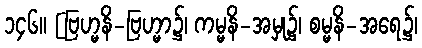
၁၄၆။ [ဗြဟ္မနိ-ဗြဟ္မာ၌၊ ကမ္မနိ-အမှု၌၊ စမ္မနိ-အရေ၌၊